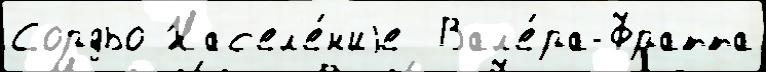
Сордьо Нас'ел'е́н'иjе  Вал'е́ра-Фратта